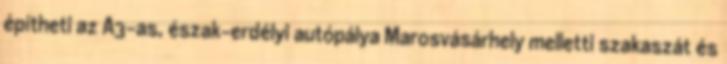
építheti az A3-as, észak-erdélyi autópálya Marosvásárhely melletti szakaszát és